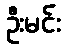
ဦးမင်း